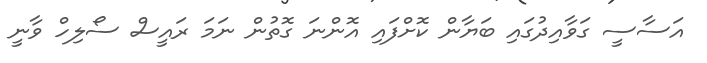
އަސާސީ ގަވާއިދުގައި ބަޔާން ކޮށްފައި އޮންނަ ގޮތުން ނަމަ ރައީސް ސޯލިހް ވާނީ